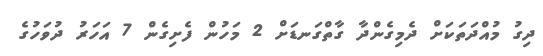
ދިގު މުއްދަތަކަށް ދެމިގެންދާ ގާތްގަނޑަށް 2 މަހުން ފެށިގެން 7 އަހަރު ދުވަހުގެ